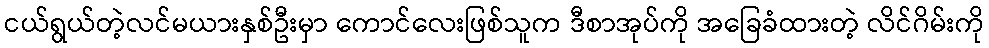
ငယ်ရွယ်တဲ့လင်မယားနှစ်ဦးမှာ ကောင်လေးဖြစ်သူက ဒီစာအုပ်ကို အခြေခံထားတဲ့ လိင်ဂိမ်းကို